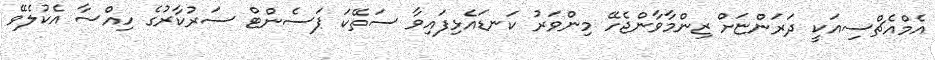
އެމްއެޗްސިއަކީ ދަރަންޏަށް ޒިންމާވާންޖެހޭ މިންވަރު ކަނޑައެޅިފައިވާ ސަތޭކަ ޕަސެންޓް ސަރުކާރުގެ ހިއްސާ އެކުލެވޭ